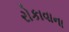
રોકાવાના